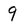
Character: 9